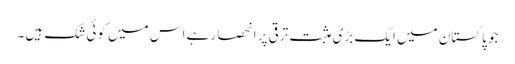
جو پاکستان میں ایک بڑی مثبت ترقی پر انحصار ہے اس میں کوئی شک ہیں۔